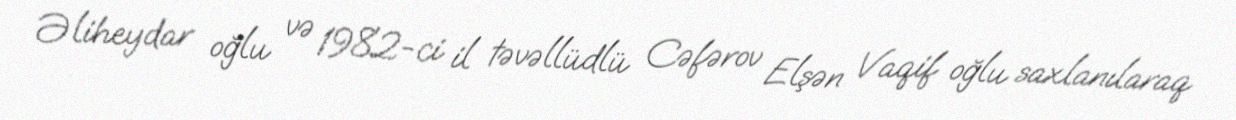
Əliheydar oğlu və 1982-ci il təvəllüdlü Cəfərov Elşən Vaqif oğlu saxlanılaraq